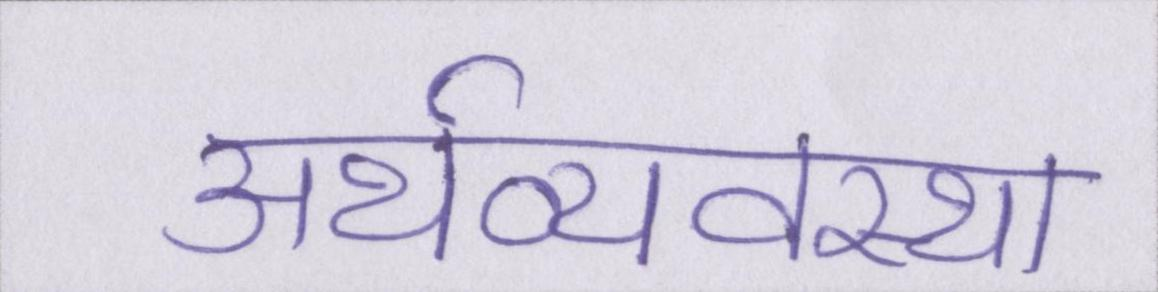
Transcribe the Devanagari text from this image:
अर्थव्यवस्था